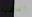
الصادرة